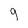
Character: 9